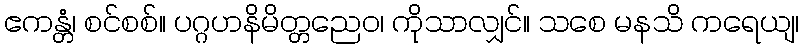
ဧကန္တံ၊ စင်စစ်။ ပဂ္ဂဟနိမိတ္တညေဝ၊ ကိုသာလျှင်။ သစေ မနသိ ကရေယျ၊